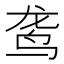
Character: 𫛟